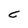
Character: C